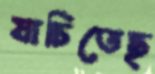
যাচিতেছ